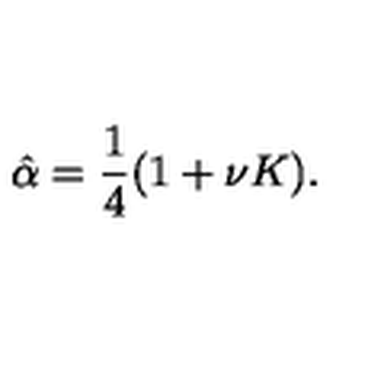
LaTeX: \hat { \alpha } = \frac { 1 } { 4 } ( 1 + \nu K ) .